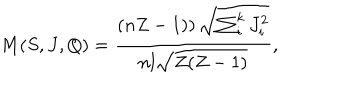
M ( S , J , Q ) = \frac { \left( n Z - 1 ) \right) \sqrt { \sum _ { i } ^ { k } J _ { i } ^ { 2 } } } { n l \sqrt { Z ( Z - 1 ) } } ,